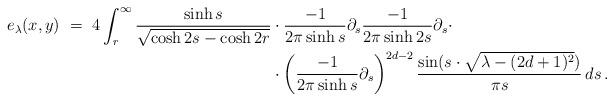
LaTeX: \begin{align*}e_\lambda(x, y) ~=~4 \int_r^\infty \frac{\sinh s}{\sqrt{\cosh 2s -\cosh 2r}} &\cdot \frac{-1}{2 \pi \sinh s} \partial_s \frac{-1}{2 \pi \sinh 2s} \partial_s \cdot \\ &\cdot \left( \frac{-1}{2 \pi \sinh s} \partial_s \right)^{2d-2} \frac{\sin (s \cdot \sqrt{\lambda - (2d+1)^2})}{\pi s}\,ds\,.\end{align*}